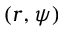
( r , \psi )